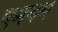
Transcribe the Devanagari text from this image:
एमबम